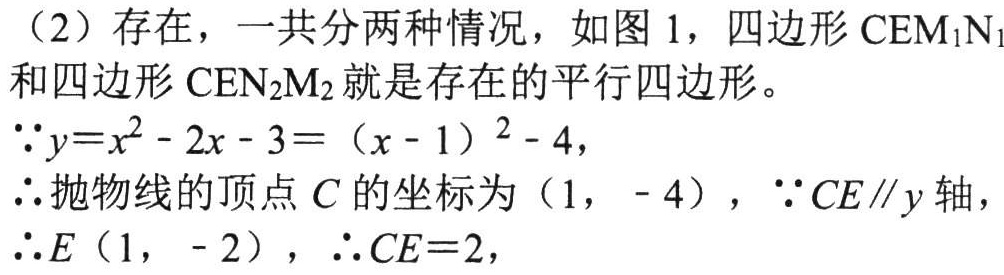
（2）存在，一共分两种情况，如图 1，四边形 \(CEM_1N_1\) 和四边形 \(CEN_2M_2\) 就是存在的平行四边形。
\(\because y = x^{2}-2x - 3=(x - 1)^{2}-4\)，
\(\therefore\)抛物线的顶点 \(C\) 的坐标为 \((1,-4)\)，\(\because CE\parallel y\) 轴，
\(\therefore E(1,-2)\)，\(\therefore CE = 2\)，